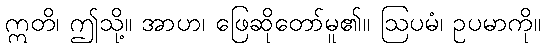
ဣတိ၊ ဤသို့။ အာဟ၊ ဖြေဆိုတော်မူ၏။ ဩပမံ၊ ဥပမာကို။